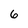
Character: 6